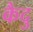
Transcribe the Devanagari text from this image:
कैदु